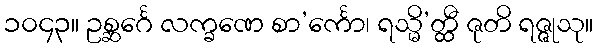
၁၀၄၃။ ဥစ္ဆင်္ဂေ လက္ခဏေ စာ’င်္ကော၊ ရသ္မိ’တ္ထီ ဇုတိ ရဇ္ဇုသု။